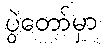
ပွဲတော်မှာ